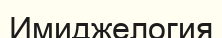
Имиджелогия